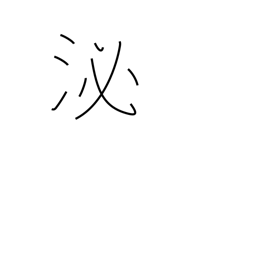
Meaning: soak in